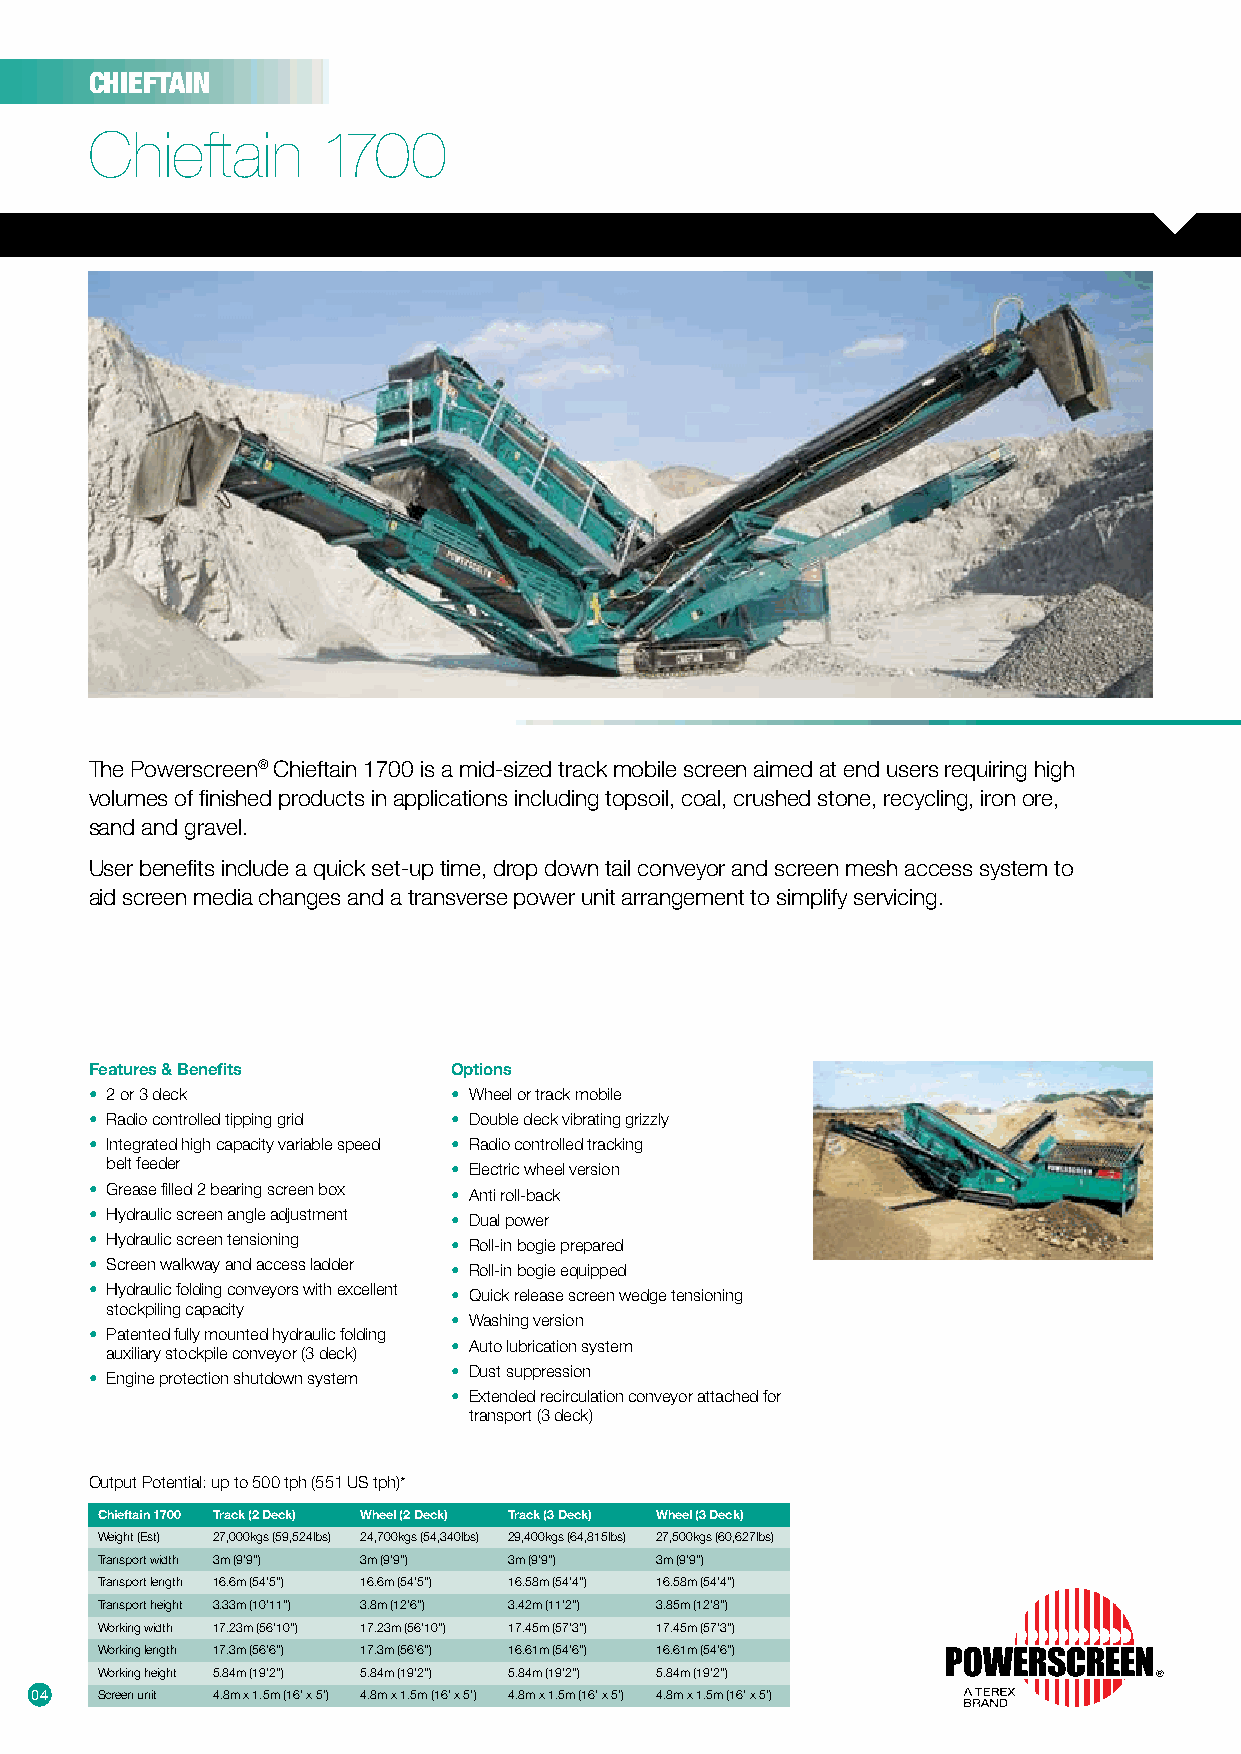
CHIEFTAIN
 Chieftain      1700
 The Powerscreen® Chieftain 1700 is a mid-sized track mobile screen aimed at end users requiring high
 volumes of finished products in applications including topsoil, coal, crushed stone, recycling, iron ore,
 sand and gravel.
 User benefits include a quick set-up time, drop down tail conveyor and screen mesh access system to
 aid screen media changes and a transverse power unit arrangement to simplify servicing.
 Features & Benefits     Options
 • 2 or 3 deck           • Wheel or track mobile
 • Radio controlled tipping grid • Double deck vibrating grizzly
 • Integrated high capacity variable speed • Radio controlled tracking
 belt feeder            • Electric wheel version
 • Grease filled 2 bearing screen box • Anti roll-back
 • Hydraulic screen angle adjustment • Dual power
 • Hydraulic screen tensioning • Roll-in bogie prepared
 • Screen walkway and access ladder • Roll-in bogie equipped
 • Hydraulic folding conveyors with excellent • Quick release screen wedge tensioning
 stockpiling capacity
 • Washing version
 • Patented fully mounted hydraulic folding
 • Auto lubrication system
 auxiliary stockpile conveyor (3 deck)
 • Dust suppression
 • Engine protection shutdown system
 • Extended recirculation conveyor attached for
 transport (3 deck)
 Output Potential: up to 500 tph (551 US tph)*
 Chieftain 1700 Track (2 Deck) Wheel (2 Deck) Track (3 Deck) Wheel (3 Deck)
 Weight (Est) 27,000kgs (59,524lbs) 24,700kgs (54,340lbs) 29,400kgs (64,815lbs) 27,500kgs (60,627lbs)
 Transport width 3m (9’9”) 3m (9’9”) 3m (9’9”) 3m (9’9”)
 Transport length 16.6m (54’5”) 16.6m (54’5”) 16.58m (54’4”) 16.58m (54’4”)
 Transport height 3.33m (10’11”) 3.8m (12’6”) 3.42m (11’2”) 3.85m (12’8”)
 Working width 17.23m (56’10”) 17.23m (56’10”) 17.45m (57’3”) 17.45m (57’3”)
 Working length 17.3m (56’6”) 17.3m (56’6”) 16.61m (54’6”) 16.61m (54’6”)
 Working height 5.84m (19’2”) 5.84m (19’2”) 5.84m (19’2”) 5.84m (19’2”)
 04  Screen unit 4.8m x 1.5m (16’ x 5’) 4.8m x 1.5m (16’ x 5’) 4.8m x 1.5m (16’ x 5’) 4.8m x 1.5m (16’ x 5’)